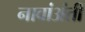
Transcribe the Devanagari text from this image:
नावांअंती